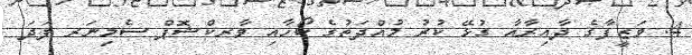
4. ވަޒީފާގެ ދާއިރާއާ ގުޅޭ ކުރު މުއްދަތުގެ ކޯހާއި ވާރކްޝޮޕް ސެމިނަރ ފަދަ